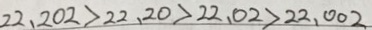
2 2 . 2 0 2 > 2 2 . 2 0 > 2 2 . 0 2 > 2 2 . 0 0 2